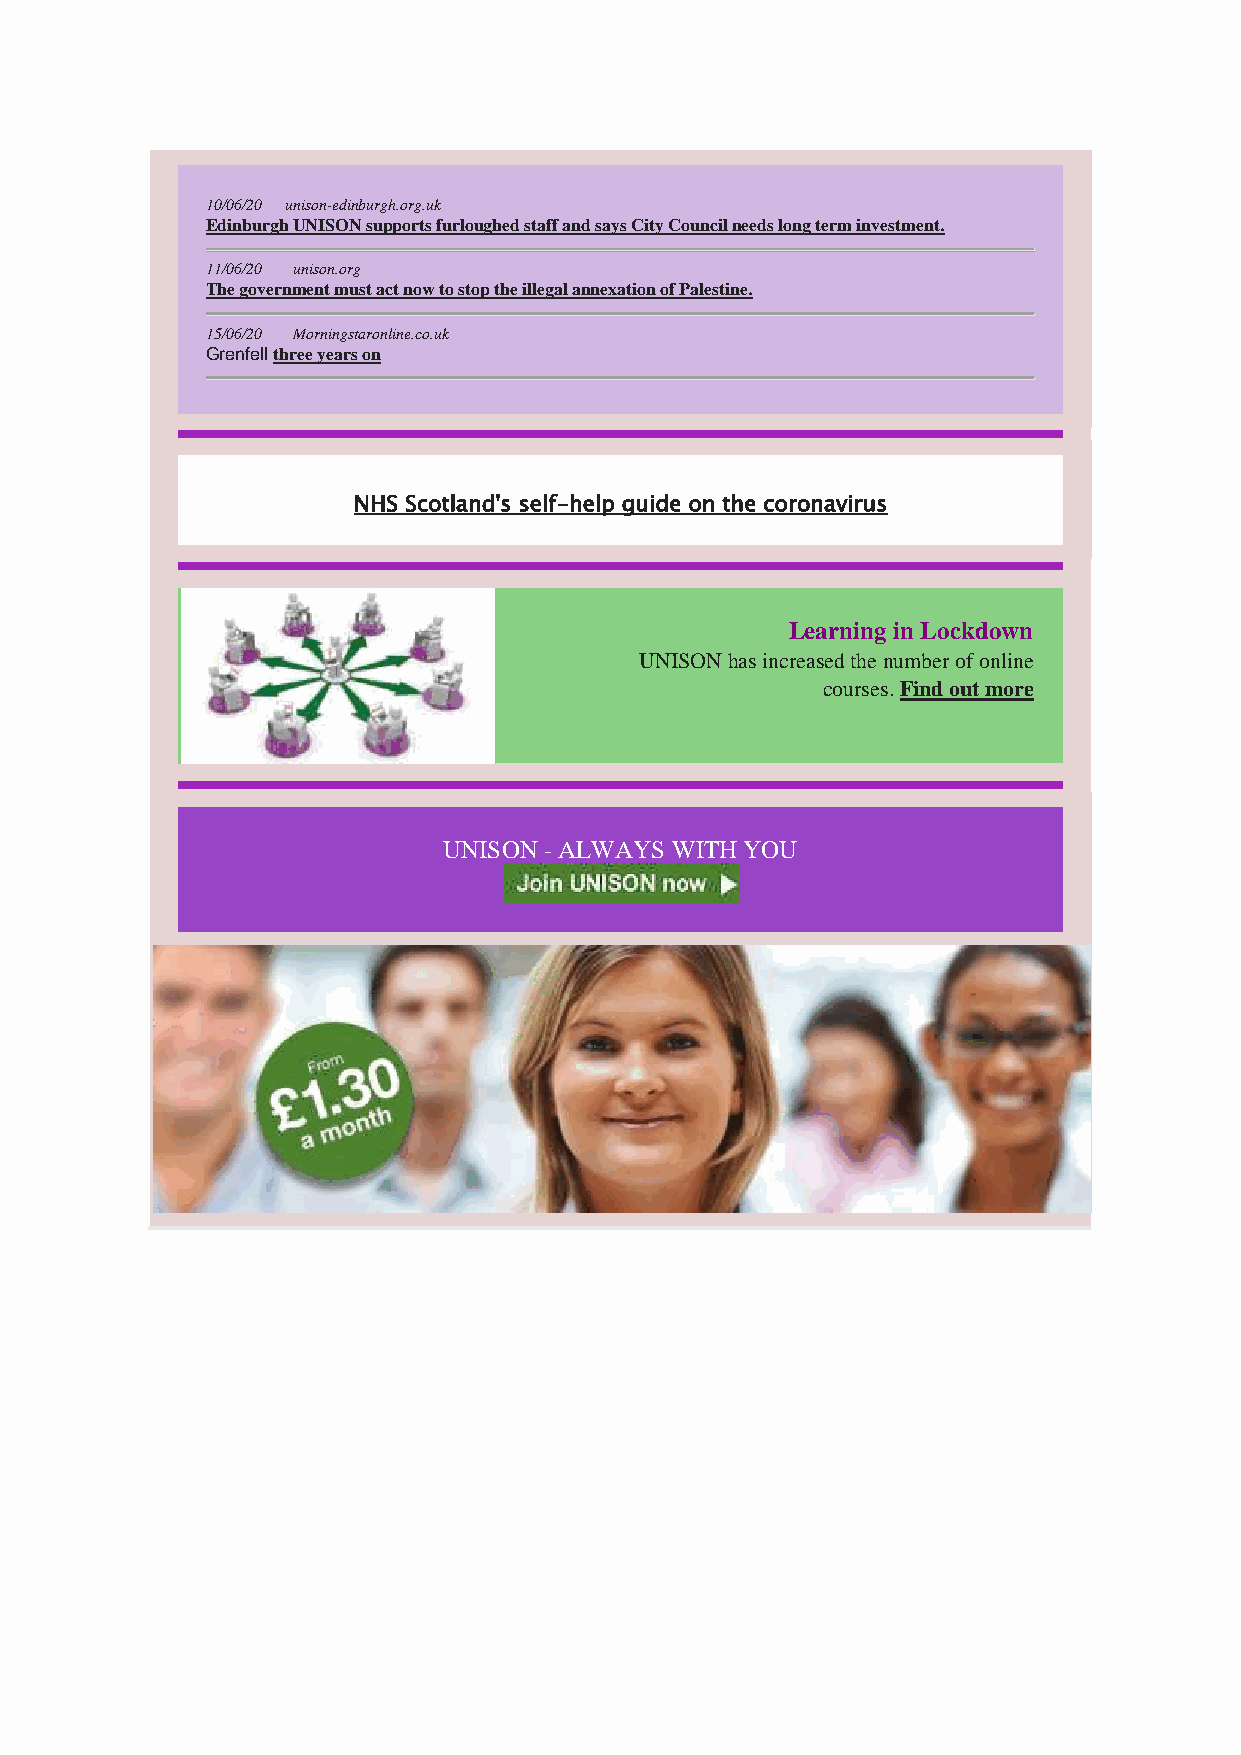
10/06/20 unison-edinburgh.org.uk
 Edinburgh UNISON supports furloughed staff and says City Council needs long term investment.
 11/06/20 unison.org
 The government must act now to stop the illegal annexation of Palestine.
 15/06/20 Morningstaronline.co.uk
 Grenfell three years on
 NHS Scotland's self-help guide on the coronavirus
 Learning in Lockdown
 UNISON has increased the number of online
 courses. Find out more
 UNISON - ALWAYS WITH YOU